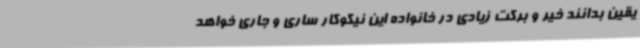
یقین بدانند خیر و برکت زیادی در خانواده این نیکوکار ساری و جاری خواهد